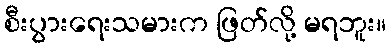
စီးပွားရေးသမားက ဖြတ်လို့ မရဘူး။